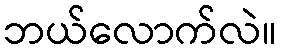
ဘယ်လောက်လဲ။